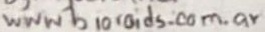
Text: www bioroids.com.ar